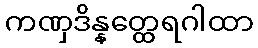
ကဏှဒိန္နတ္ထေရဂါထာ